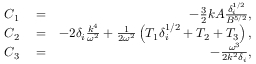
\begin{array} { r l r } { C _ { 1 } } & { { } = } & { - \frac { 3 } { 2 } k A \frac { \delta _ { i } ^ { 1 / 2 } } { B ^ { 5 / 2 } } , } \\ { C _ { 2 } } & { { } = } & { - 2 \delta _ { i } \frac { k ^ { 4 } } { \omega ^ { 2 } } + \frac { 1 } { 2 \omega ^ { 2 } } \left( T _ { 1 } \delta _ { i } ^ { 1 / 2 } + T _ { 2 } + T _ { 3 } \right) , } \\ { C _ { 3 } } & { { } = } & { - \frac { \omega ^ { 3 } } { 2 k ^ { 2 } \delta _ { i } } , } \end{array}